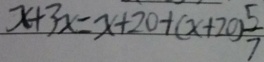
x + 3 x = x + 2 0 + ( x + 2 0 ) \frac { 5 } { 7 }